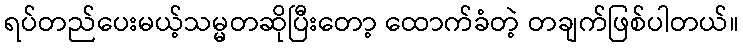
ရပ်တည်ပေးမယ့်သမ္မတဆိုပြီးတော့ ထောက်ခံတဲ့ တချက်ဖြစ်ပါတယ်။